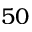
5 0